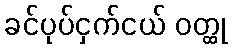
ခင်ပုပ်ငှက်ငယ် ဝတ္ထု